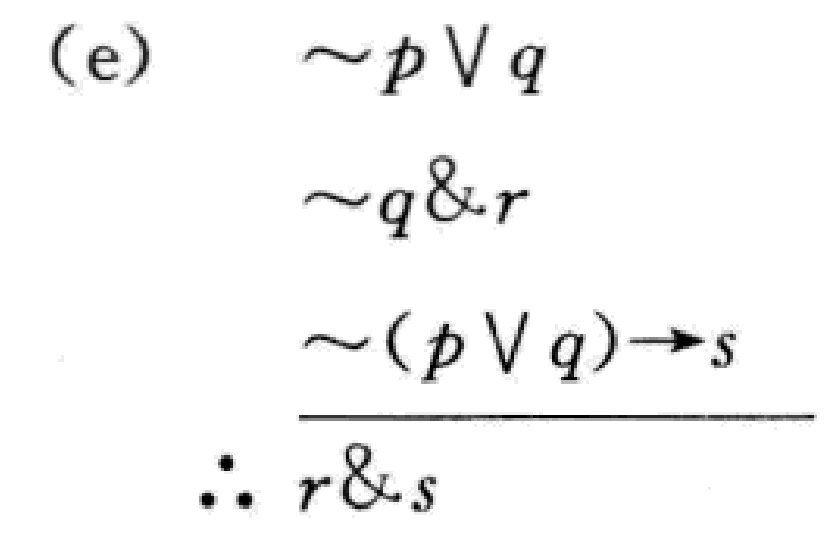
\begin{align*}
\text{(e)} \quad &\sim p \vee q\\
&\sim q \& r\\
&\sim (p \vee q) \to s\\
\hline
&\therefore r \& s
\end{align*}